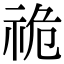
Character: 祪